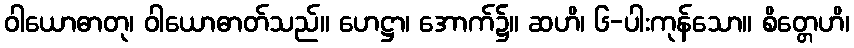
ဝါယောဓာတု၊ ဝါယောဓာတ်သည်။ ဟေဋ္ဌာ၊ အောက်၌။ ဆဟိ၊ ၆-ပါးကုန်သော။ စိတ္တေဟိ၊